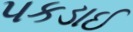
પકડાઈ